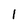
Character: l